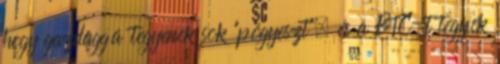
hogy gazdaggá tegyenek sok "pógyeszt", és a BTC-t tegyék